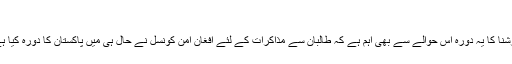
‘‘
کرشنا کا یہ دورہ اس حوالے سے بھی اہم ہے کہ طالبان سے مذاکرات کے لئے افغان امن کونسل نے حال ہی میں پاکستان کا دورہ کیا ہے۔